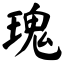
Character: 瑰